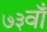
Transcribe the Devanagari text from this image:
७३वाँ